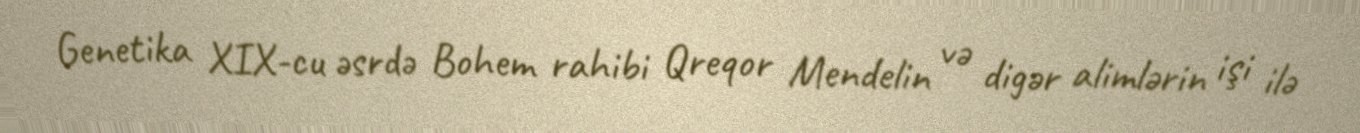
Genetika XIX-cu əsrdə Bohem rahibi Qreqor Mendelin və digər alimlərin işi ilə